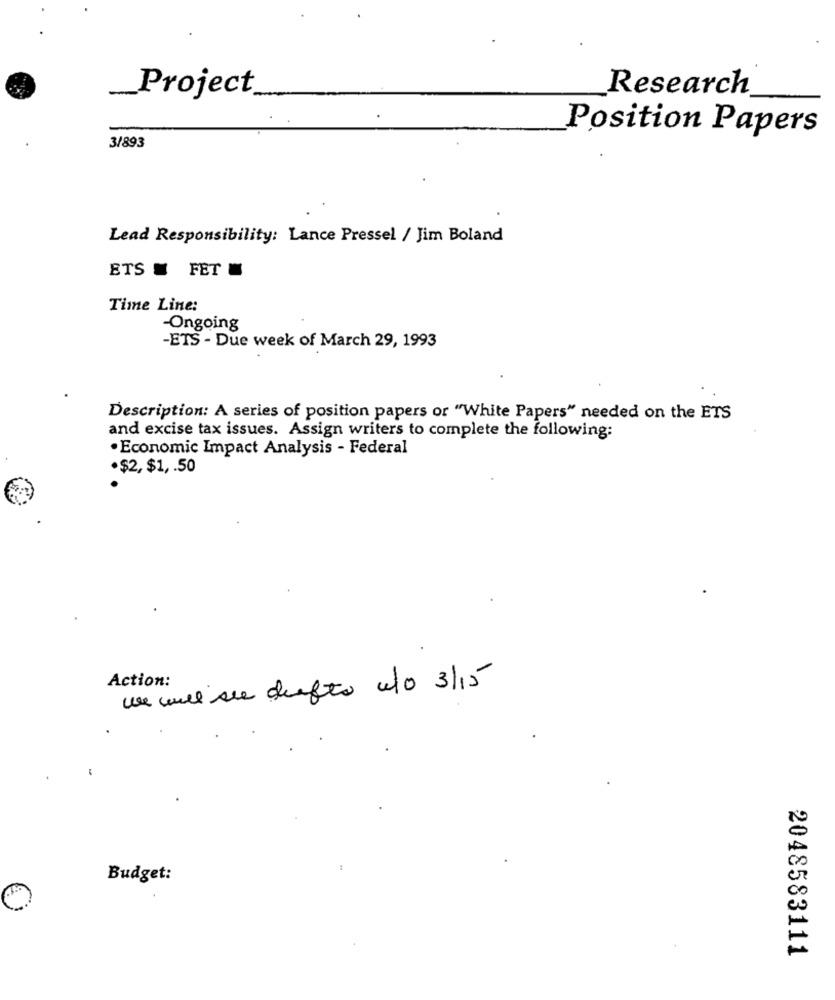
Research
-
Project.
Position Papers
3/893
Lead Responsibility: Lance Pressel / Jim Boland
ETS _ FET
Time Line:
-Ongoing
-ETS - Due week of March 29, 1993
Description: A series of position papers or "White Papers" needed on the ETS
and excise tax issues. Assign writers to complete the following:
· Economic Impact Analysis - Federal
·$2, $1, . 50
Action:
un mel sie diefto ulo 3/15
Budget:
2048583111